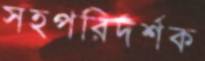
সহপরিদর্শক